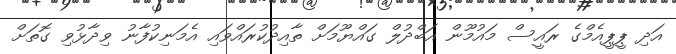
އަދި ޕީޕީއެމްގެ ރައީސް މައުމޫން އަބްދުލް ގައްޔޫމަށް ތާއިދުކުރައްވައި އެމަނިކުފާނު ވިދާޅުވި ގޮތަށް